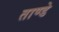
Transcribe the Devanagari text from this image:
ताण्डे